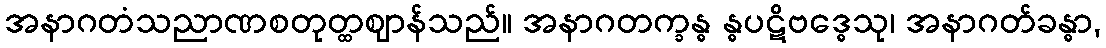
အနာဂတံသညာဏစတုတ္ထဈာန်သည်။ အနာဂတက္ခန္ဓ န္ဓပဋိဗဒ္ဓေသု၊ အနာဂတ်ခန္ဓာ,